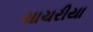
ચાચરીયા